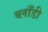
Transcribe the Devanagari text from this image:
ब्लाँडी